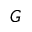
G